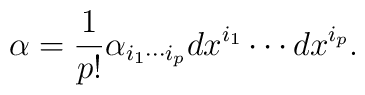
\alpha = {1\over p!} \alpha_{i_1 \cdots i_p} dx^{i_1} \cdots dx^{i_p}.